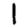
Digit: 1